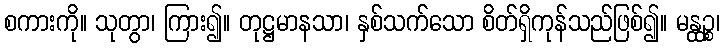
စကားကို။ သုတွာ၊ ကြား၍။ တုဋ္ဌမာနသာ၊ နှစ်သက်သော စိတ်ရှိကုန်သည်ဖြစ်၍။ မန္ထဉ္စ၊